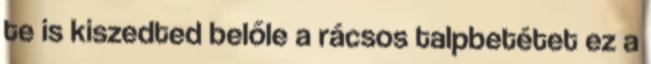
te is kiszedted belőle a rácsos talpbetétet ez a